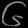
Digit: ၆